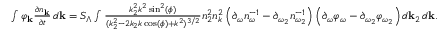
\begin{array} { r } { \int \varphi _ { \bf k } \frac { \partial n _ { \bf k } } { \partial t } \, d { \bf k } = S _ { \Lambda } \int \frac { k _ { 2 } ^ { 2 } k ^ { 2 } \sin ^ { 2 } ( \phi ) } { ( k _ { 2 } ^ { 2 } - 2 k _ { 2 } k \cos ( \phi ) + k ^ { 2 } ) ^ { 3 / 2 } } n _ { 2 } ^ { 2 } n _ { k } ^ { 2 } \left( \partial _ { \omega } n _ { \omega } ^ { - 1 } - \partial _ { \omega _ { 2 } } n _ { \omega _ { 2 } } ^ { - 1 } \right) \left( \partial _ { \omega } \varphi _ { \omega } - \partial _ { \omega _ { 2 } } \varphi _ { \omega _ { 2 } } \right) d { \bf k } _ { 2 } \, d { \bf k } . } \end{array}